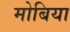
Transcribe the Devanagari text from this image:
मोबिया